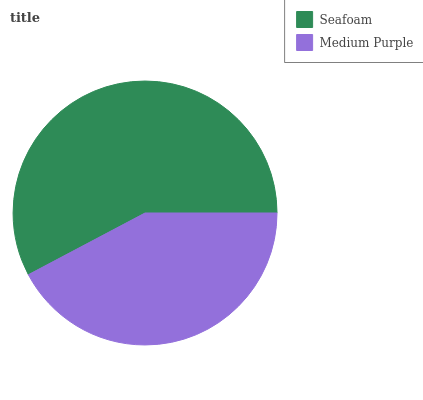
| Seafoam | Medium Purple |
 | --- | --- |
 | 57.7% | 42.3% |